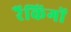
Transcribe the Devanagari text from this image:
रैंकिंगों